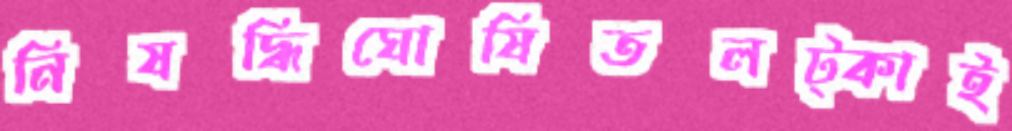
নিষদ্ধিঘোষিতলট্‌কাই